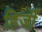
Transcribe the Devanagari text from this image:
हिर्जी